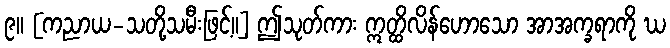
၉။ [ကညာယ-သတို့သမီးဖြင့်။] ဤသုတ်ကား ဣတ္ထိလိန်ဟောသော အာအက္ခရာကို ဃ